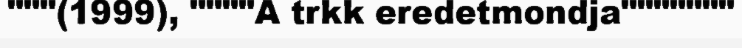
"""(1999), """"A trkk eredetmondja"""""""